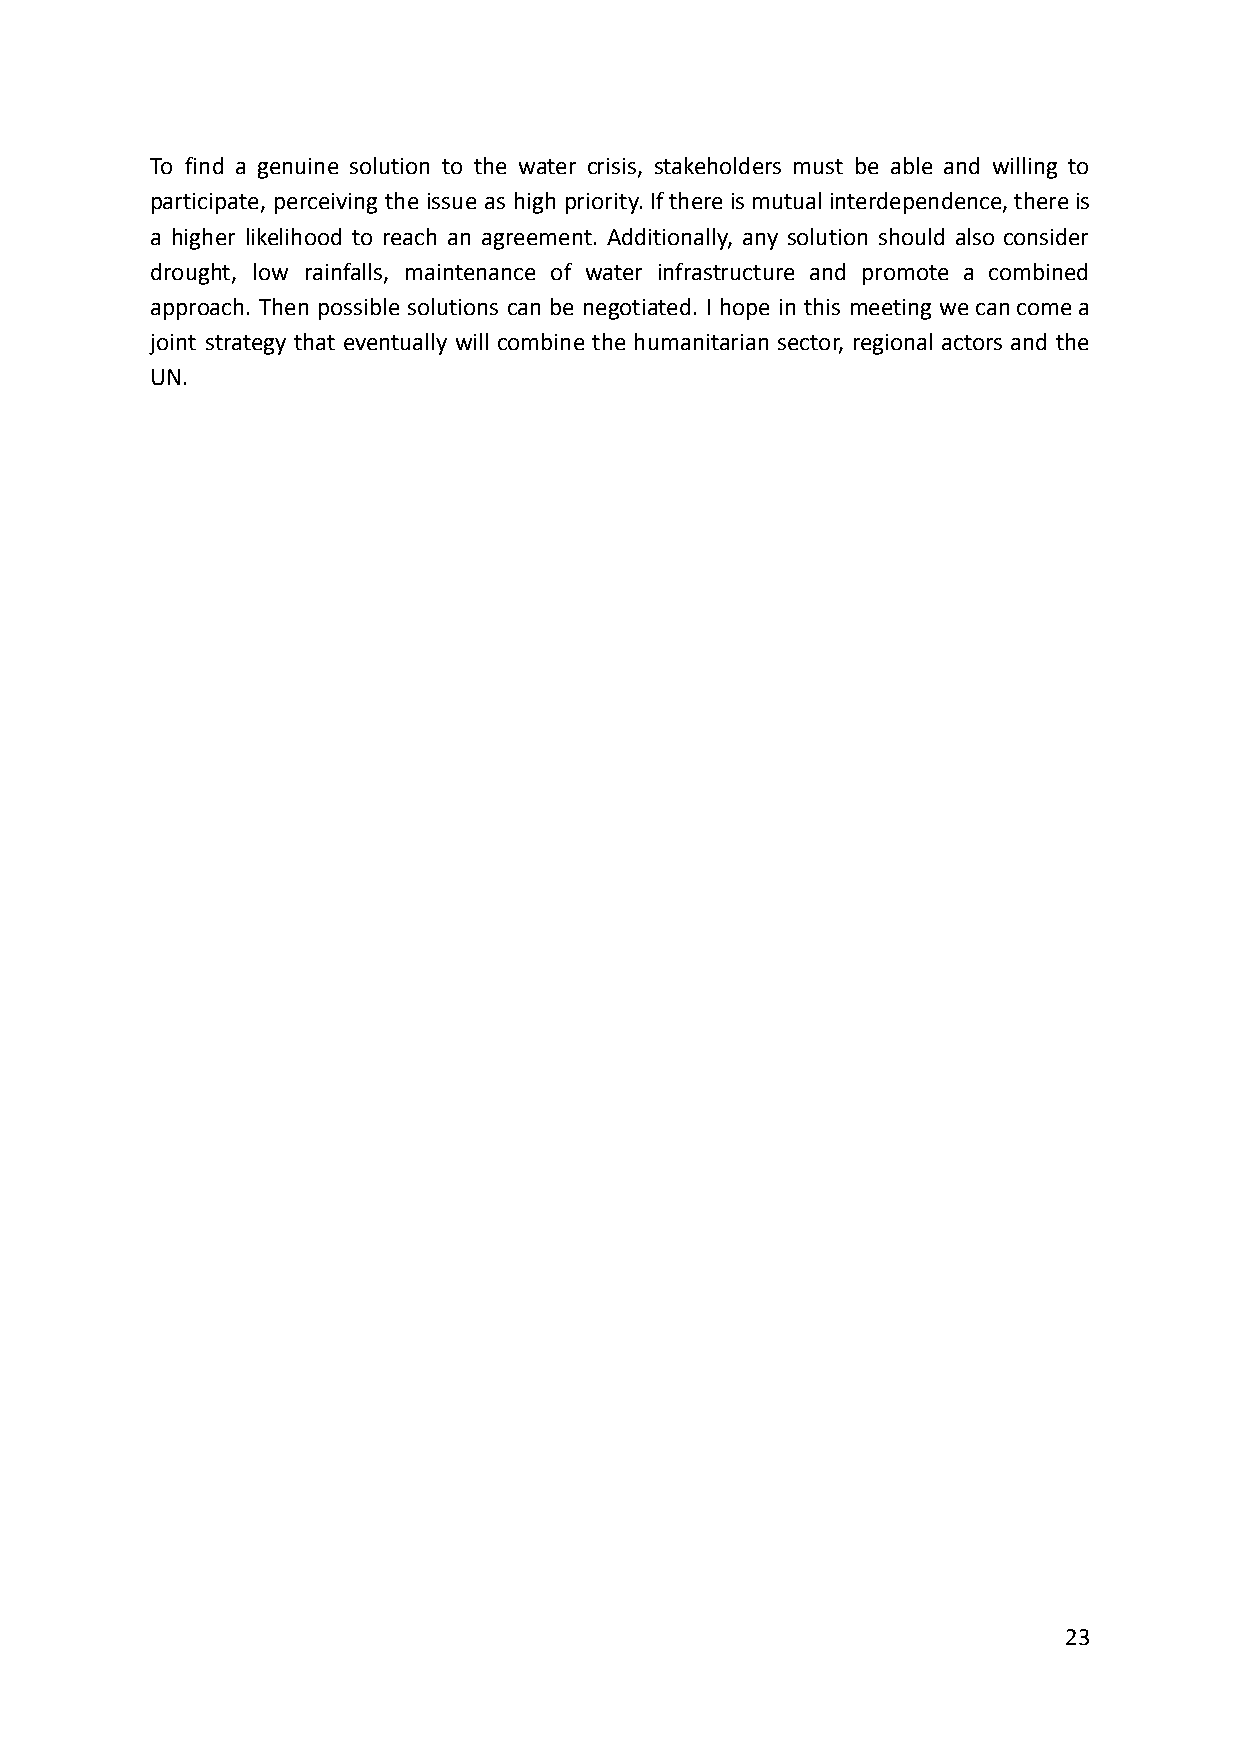
To find a genuine solution to the water crisis, stakeholders must be able and willing to
 participate, perceiving the issue as high priority.Ifthereismutualinterdependence,thereis
 a higher likelihood to reach an agreement. Additionally, any solution should also consider
 drought, low rainfalls, maintenance of water infrastructure and promote a combined
 approach. Then possible solutions can be negotiated. I hope in this meeting wecancomea
 joint strategy that eventually will combine the humanitarian sector, regional actors and the
 UN.
 23